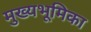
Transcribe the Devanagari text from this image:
मुख्यभूमिका